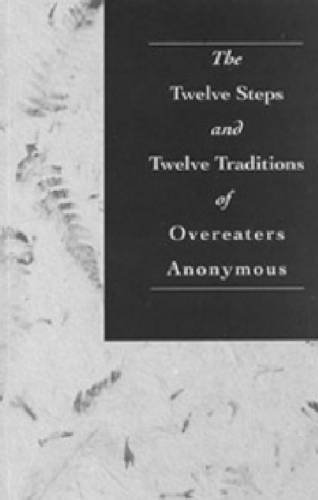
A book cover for The Twelve Steps and Twelve Traditions of Overeaters Anonymous; Overeaters Anonymous Incorporated; Self-Help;